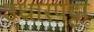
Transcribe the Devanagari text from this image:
उधारपट्टा